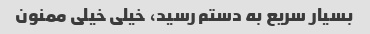
بسیار سریع به دستم رسید، خیلی خیلی ممنون